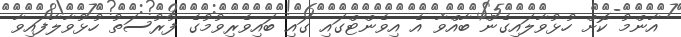
އާންމު ކޮށް ހުޅުވާލައިގެން ބާއްވާ އެ އިވެންޓްގައި ގައި ބައިވެރިވުމުގެ ފުރުސަތު ހުޅުވާލާފައިވާ